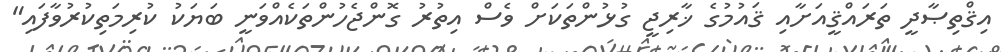
އިޤްތިޞާދީ ތަރައްޤީއަށާއި ޤައުމުގެ ޚާރިޖީ ގުޅުންތަކަށް ވެސް އިތުރު ގޮންޖެހުންތަކެއްވަނީ ބަޔަކު ކުރިމަތިކުރުވާފައި"